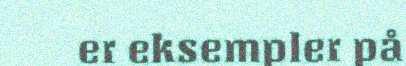
er eksempler på